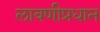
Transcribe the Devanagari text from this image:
लावणीप्रधान